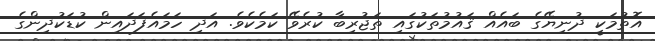
އޮތުމަކީ ދުނިޔޭގެ ބައެއް ޤައުމުތަކުގައި ތަޖުރިބާ ކުރެވޭ ކަމެކެވެ. އަދި ހަމައެފަދައިން ކުޑަކުދިންގެ